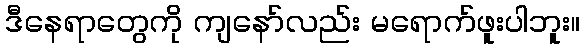
ဒီနေရာတွေကို ကျနော်လည်း မရောက်ဖူးပါဘူး။